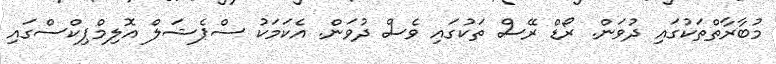
މުބާރާތްތަކުގައި ދުވަން. ރޯޑް ރޭސް ތަކުގައި ވެސް ދުވަން. އެކަމަކު ސްޕެޝަލް އޮލިމްޕިކްސްގައި